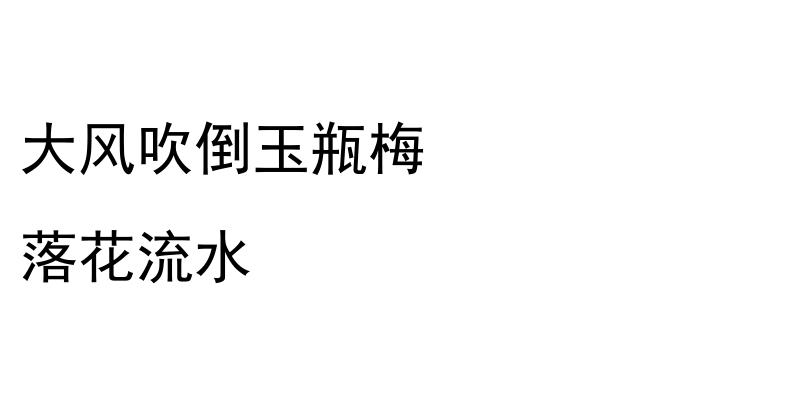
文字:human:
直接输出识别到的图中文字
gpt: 大风吹倒玉瓶梅 落花流水